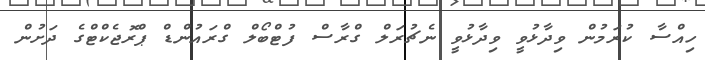
ހިއްސާ ކުރަމުން ވިދާޅުވީ ވިދާޅުވީ ނެޗުރަލް ގްރާސް ފުޓްބޯލް ގްރައުންޑް ޕްރޮޖެކްޓްގެ ދަށުން